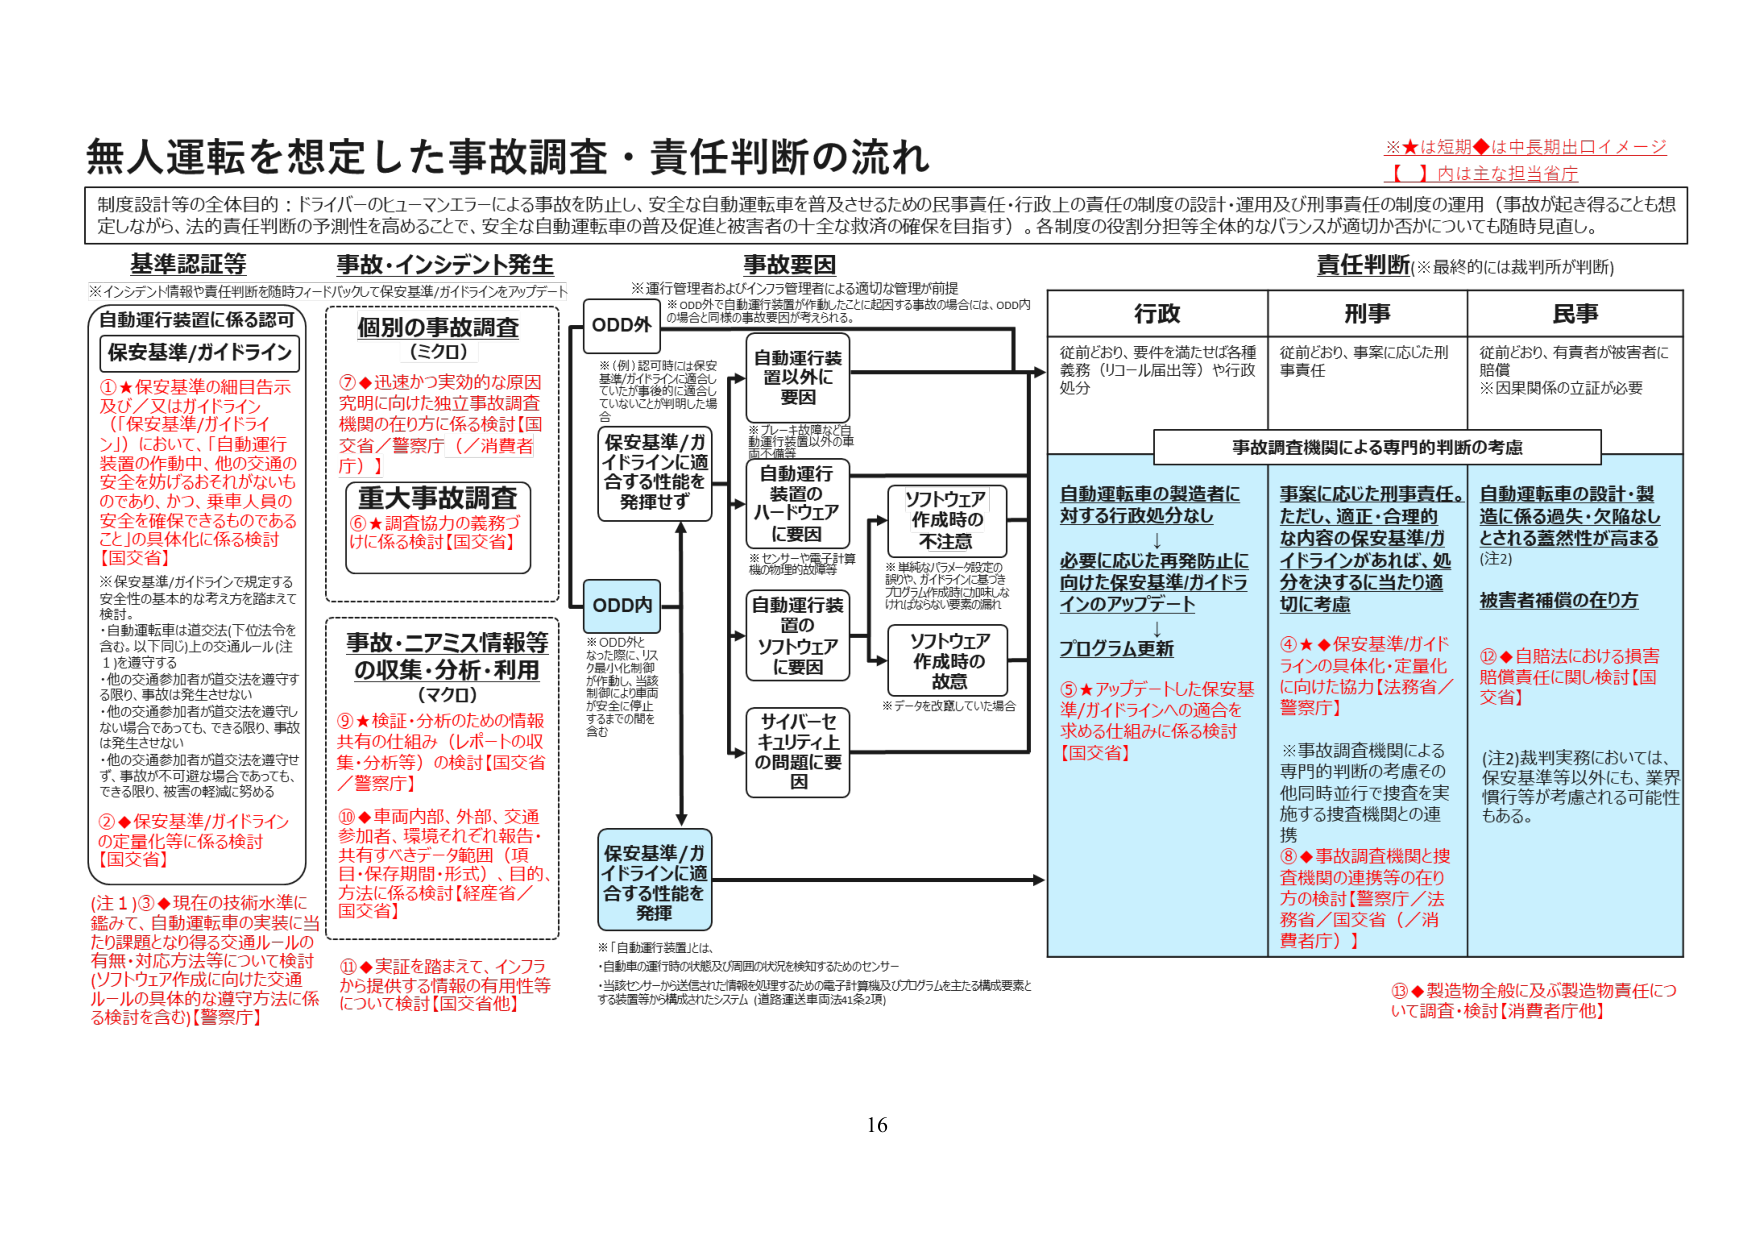
無人運転を想定した事故調査・責任判断の流れ

※★は短期◆は中長期出ロイメージ
【 】内は主な担当省庁

制度設計等の全体目的：ドライバーのヒューマンエラーによる事故を防止し、安全な自動運転車を普及させるための民事責任・行政上の責任の制度の設計・運用及び刑事責任の制度の運用（事故が起き得ることも想定しながら、法的責任判断の予測性を高めることで、安全な自動運転車の普及促進と被害者の十全な救済の確保を目指す）。各制度の役割分担等全体的なバランスが適切か否かについても随時見直し。

基準認証等
※インシデント情報や責任判断を随時フィードバックして保安基準/ガイドラインをアップデート

自動運行装置に係る認可
保安基準/ガイドライン

①★保安基準の細目告示及び／又はガイドライン（「保安基準/ガイドライン」）において、「自動運行装置の作動中、他の交通の安全を妨げられず、それがないものであり、かつ、乗車人員の安全を確保できるものであること」の具体化に係る検討【国交省】

※保安基準/ガイドラインで規定する安全性の基本的な考え方を踏まえて検討。
・自動運転車は道交法（下位法令を含む。以下同じ）上の交通ルール（注1）を遵守する
・他の交通参加者が道交法を遵守する限り、事故は発生させない
・他の交通参加者が道交法を遵守しない場合であっても、できる限り、事故は発生させない
・他の交通参加者が道交法を遵守せず、事故が不可避な場合であっても、できる限り、被害の軽減に努める

②◆保安基準/ガイドラインの定量化等に係る検討【国交省】

（注1）③◆現在の技術水準に鑑みて、自動運転車の実装に当たり課題となり得る交通ルールの有無・対応方法等について検討（ソフトウェア作成に向けた交通ルールの具体的な遵守方法に係る検討を含む）【警察庁】

事故・インシデント発生

個別の事故調査（ミクロ）
⑦◆迅速かつ実効的な原因究明に向けた独立事故調査機関の在り方に係る検討【国交省／警察庁（／消費者庁）】

重大事故調査
⑥★調査協力の義務づけに係る検討【国交省】

事故・エアミス情報等の収集・分析・利用（マクロ）
⑨★検証・分析のための情報共有の仕組み（レポートの収集・分析等）の検討【国交省／警察庁】
⑩◆車両内部、外部、交通参加者、環境それぞれ報告・共有すべきデータ範囲（項目・保存期間・形式）、目的、方法に係る検討【経産省／国交省】
⑪◆実証を踏まえて、インフラから提供する情報の有用性等について検討【国交省他】

事故要因
※運行管理者およびインフラ管理者による適切な管理が前提
※ODD外で自動運行装置が作動したことに起因する事故の場合は、ODD内の場合と同様の事故要因が考えられる。

ODD外
※（例）認可時には保安基準/ガイドラインに適合していたが事後的に適合していないことが判明した場合

保安基準/ガイドラインに適合する性能を発揮せず

ODD内
※ODD外となった際に、リスク最小化制御が作動し、当該制御により車両が安全に停止するまでの間を含む

自動運行装置以外に要因
※プレーキ故障など自動運行装置以外の車両不備等

自動運行装置のハードウェアに要因
※センサーや電子計算機の物理的故障等

自動運行装置のソフトウェアに要因

サイバーセキュリティ上の問題に要因

ソフトウェア作成時の不注意
※単純なパラメータ設定の誤りや、ガイドラインに基づきプログラム作成時に加味しなければならない要素の漏れ

ソフトウェア作成時の故意
※データを改竄していた場合

保安基準/ガイドラインに適合する性能を発揮

※「自動運行装置」とは、
・自動車の運行時の状態及び周囲の状況を検知するためのセンサー
・当該センサーから送信された情報を処理するための電子計算機及びプログラムを主たる構成要素とする装置等から構成されたシステム（道路運送車両法41条2項）

責任判断（※最終的には裁判所が判断）

行政
従前どおり、要件を満たせば各種義務（リコール届出等）や行政処分

刑事
従前どおり、事案に応じた刑事責任

民事
従前どおり、有責者が被害者に賠償
※因果関係の立証が必要

事故調査機関による専門的判断の考慮

自動運転車の製造者に対する行政処分なし
↓
必要に応じた再発防止に向けた保安基準/ガイドラインのアップデート
↓
プログラム更新

⑤★アップデートした保安基準/ガイドラインへの適合を求める仕組みに係る検討【国交省】

事案に応じた刑事責任。ただし、適正・合理的な内容の保安基準/ガイドラインがあれば、処分を決するに当たり適切に考慮

④★◆保安基準/ガイドラインの具体化・定量化に向けた協力【法務省／警察庁】

※事故調査機関による専門的判断の考慮その他同時並行で捜査を実施する捜査機関との連携
⑧◆事故調査機関と捜査機関の連携等の在り方の検討【警察庁／法務省／国交省（／消費者庁）】

自動運転車の設計・製造に係る過失・欠陥なしとされる蓋然性が高まる（注2）
被害者補償の在り方

②◆自賠法における損害賠償責任に関し検討【国交省】

（注2）裁判実務においては、保安基準等以外にも、業界慣行等が考慮される可能性もある。

③◆製造物全般に及ぶ製造物責任について調査・検討【消費者庁他】

16